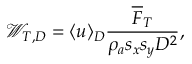
\mathcal { W } _ { T , D } = \langle u \rangle _ { D } \frac { \overline { { F } } _ { T } } { \rho _ { a } s _ { x } s _ { y } D ^ { 2 } } ,